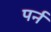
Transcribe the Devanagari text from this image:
पर्न